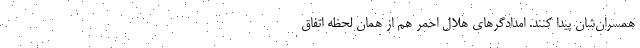
همسران‌شان پیدا کنند. امدادگرهای هلال‌ احمر هم از همان لحظه اتفاق